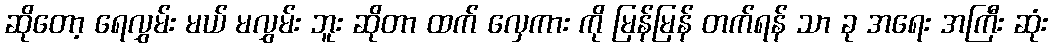
ဆိုတော့ ရေလွှမ်း မယ် မလွှမ်း ဘူး ဆိုတာ ထက် လှေကား ကို မြန်မြန် တက်ရန် သာ ခု အရေး အကြီး ဆုံး